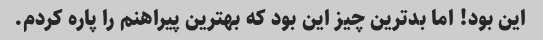
این بود! اما بدترین چیز این بود که بهترین پیراهنم را پاره کردم.